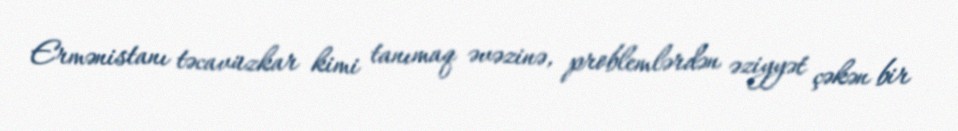
Ermənistanı təcavüzkar kimi tanımaq əvəzinə, problemlərdən əziyyət çəkən bir